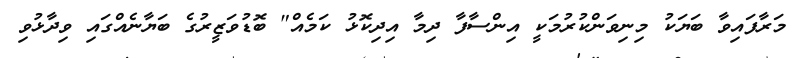
މަރާފައިވާ ބަޔަކު މިނިވަންކުރުމަކީ އިންސާފާ ދިމާ އިދިކޮޅު ކަމެއް" ބޮޑުވަޒީރުގެ ބަޔާނެއްގައި ވިދާޅުވި